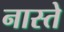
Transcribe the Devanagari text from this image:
नास्‍ते